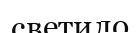
светило